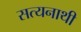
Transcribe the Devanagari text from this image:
सत्यनाथी